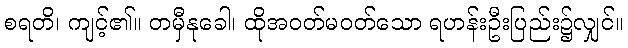
စရတိ၊ ကျင့်၏။ တမှီနုခေါ၊ ထိုအဝတ်မဝတ်သော ရဟန်းဦးပြည်း၌လျှင်။